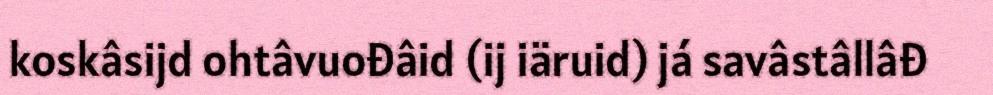
koskâsijd ohtâvuođâid (ij iäruid) já savâstâllâđ